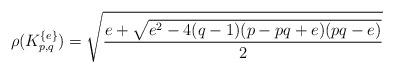
LaTeX: \begin{align*} \rho(K_{p,q}^{\{e\}})=\sqrt{\frac{e+\sqrt{e^2-4(q-1)(p-pq+e)(pq-e)}}{2}}\end{align*}